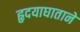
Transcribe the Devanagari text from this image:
हृदयाघाताने